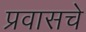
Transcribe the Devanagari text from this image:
प्रवासचे